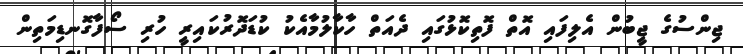
ޖިންސުގެ ޖީބުން އެލިފައި އޮތް ފޮތިކޮޅުގައި ދެއަތް ހާކާލުމާއެކު ކުޑަދޮރުކައިރީ ހުރި ސޯފާގޮނޑިމަތިން